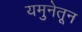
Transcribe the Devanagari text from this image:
यमुनेतून